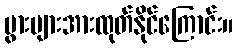
ပွားများအားထုတ်နိုင်ကြောင်း။